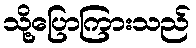
သို့ပြောကြားသည်